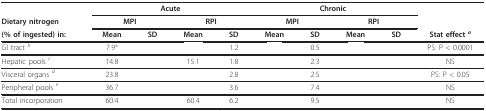
<table><thead><tr><td>[EMPTY_CELL]</td><td colspan="4"><b>Acute</b></td><td colspan="4"><b>Chronic</b></td><td>[EMPTY_CELL]</td></tr><tr><td><b>Dietary nitrogen</b></td><td colspan="2"><b>MPI</b></td><td colspan="2"><b>RPI</b></td><td colspan="2"><b>MPI</b></td><td colspan="2"><b>RPI</b></td><td>[EMPTY_CELL]</td></tr><tr><td><b>(% of ingested) in:</b></td><td><b>Mean</b></td><td><b>SD</b></td><td><b>Mean</b></td><td><b>SD</b></td><td><b>Mean</b></td><td><b>SD</b></td><td><b>Mean</b></td><td><b>SD</b></td><td><b>Stat effect <i><sup>a</sup></i></b></td></tr></thead><tbody><tr><td>GI tract <sup><i>b</i></sup></td><td>7.9<sup>a</sup></td><td>[EMPTY_CELL]</td><td>[EMPTY_CELL]</td><td>1.2</td><td>[EMPTY_CELL]</td><td>0.5</td><td>[EMPTY_CELL]</td><td>[EMPTY_CELL]</td><td>PS: P &lt; 0.0001</td></tr><tr><td>Hepatic pools <sup><i>c</i></sup></td><td>14.8</td><td>[EMPTY_CELL]</td><td>15.1</td><td>1.8</td><td>[EMPTY_CELL]</td><td>2.3</td><td>[EMPTY_CELL]</td><td>[EMPTY_CELL]</td><td>NS</td></tr><tr><td>Visceral organs <sup><i>d</i></sup></td><td>23.8</td><td>[EMPTY_CELL]</td><td>[EMPTY_CELL]</td><td>2.8</td><td>[EMPTY_CELL]</td><td>2.5</td><td>[EMPTY_CELL]</td><td>[EMPTY_CELL]</td><td>PS: P &lt; 0.05</td></tr><tr><td>Peripheral pools <sup><i>e</i></sup></td><td>36.7</td><td>[EMPTY_CELL]</td><td>[EMPTY_CELL]</td><td>3.6</td><td>[EMPTY_CELL]</td><td>7.4</td><td>[EMPTY_CELL]</td><td>[EMPTY_CELL]</td><td>NS</td></tr><tr><td>Total incorporation</td><td>60.4</td><td>[EMPTY_CELL]</td><td>60.4</td><td>6.2</td><td>[EMPTY_CELL]</td><td>9.5</td><td>[EMPTY_CELL]</td><td>[EMPTY_CELL]</td><td>NS</td></tr></tbody></table>